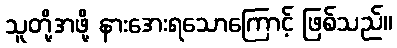
သူတို့အဖို့ နားအေးရသောကြောင့် ဖြစ်သည်။